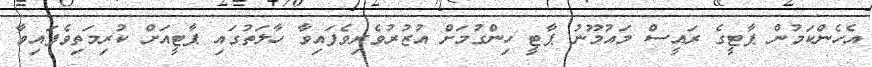
އެހެންކަމުން ޕާޓީގެ ރައީސް މައުމޫނު ޕާޓީ ހިންގުމަށް އުޒުރުވެރިވެފައިވާ ހާލަތުގައި ޕާޓީއަށް ކުރިމަތިވެފައިވާ